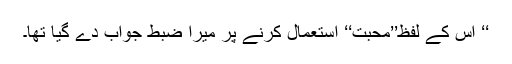
‘‘ اس کے لفظ’’محبت‘‘ استعمال کرنے پر میرا ضبط جواب دے گیا تھا۔